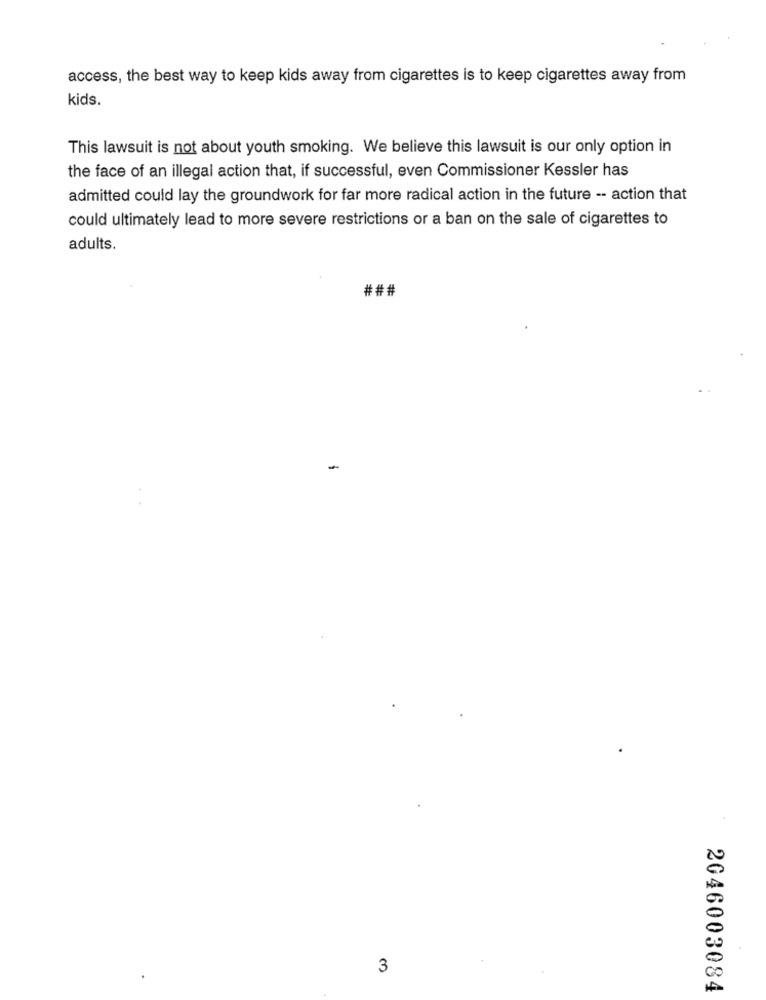
access, the best way to keep kids away from cigarettes is to keep cigarettes away from
kids.
This lawsuit is not about youth smoking. We believe this lawsuit is our only option in
the face of an illegal action that, if successful, even Commissioner Kessler has
admitted could lay the groundwork for far more radical action in the future -- action that
could ultimately lead to more severe restrictions or a ban on the sale of cigarettes to
adults.
###
-
3
2046003084